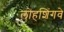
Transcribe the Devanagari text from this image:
लोहशिंगवे